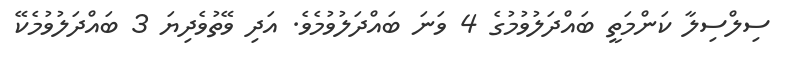
ސިލްސިލާ ކަންމަތީ ބައްދަލުވުމުގެ 4 ވަނަ ބައްދަލުވުމެވެ. އަދި ވޭތުވެދިޔަ 3 ބައްދަލުވުމެކޭ